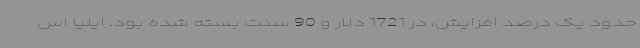
حدود یک درصد افزایش، در 1721 دلار و 90 سنت بسته شده بود. ایلیا اس